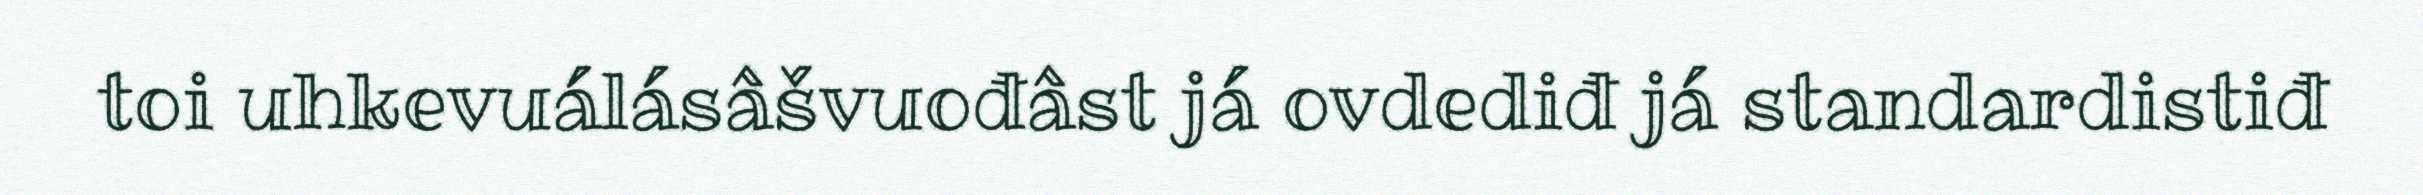
toi uhkevuálásâšvuođâst já ovdediđ já standardistiđ